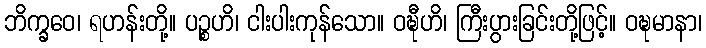
ဘိက္ခဝေ၊ ရဟန်းတို့။ ပဉ္စဟိ၊ ငါးပါးကုန်သော။ ဝဍ္ဎီဟိ၊ ကြီးပွားခြင်းတို့ဖြင့်။ ဝဍ္ဎမာနာ၊